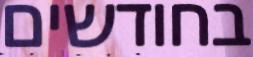
בחודשים